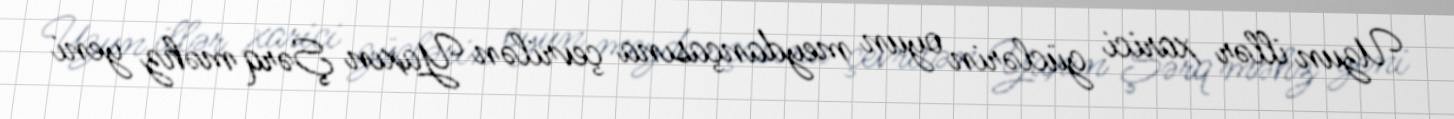
Uzun illər xarici güclərin oyun meydançasına çevrilən Yaxın Şərq məhz yeni